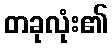
တခုလုံး၏